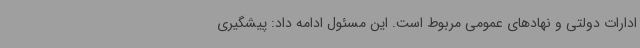
ادارات دولتی و نهادهای عمومی مربوط است. این مسئول ادامه داد: پیشگیری